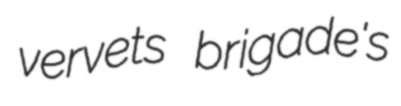
vervets brigade's